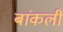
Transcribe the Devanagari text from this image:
बांकली